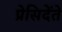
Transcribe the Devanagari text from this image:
प्रेसिदेंते